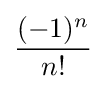
{\frac {(-1)^{n}}{n!}}